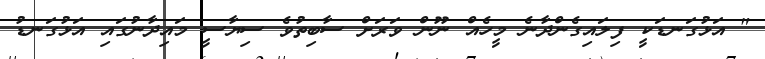
" އަޅުގަނޑަކީ ފިލައިގެންދާނެ މީހެއް ނޫން ވަރަށް ސާބިތުވެ ސިޔާސީ މައިދާނުގައި އަޅުގަނޑު